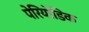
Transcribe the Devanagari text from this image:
पेरियोडिक